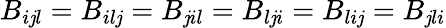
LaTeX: B_{i\mathit{j}l}=B_{il\mathit{j}}=B_{\mathit{j}il}=B_{l\mathit{j}i}=B_{li\mathit{j}}=B_{\mathit{j}li}